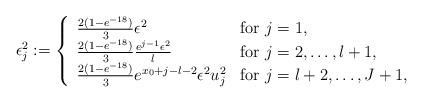
LaTeX: \begin{align*} \epsilon_j^2 := \left\{ \begin{array}{ll}\frac{2(1 - e^{-18})}{3} \epsilon^2 & \mbox{for $j=1$,} \\\frac{2(1 - e^{-18})}{3} \frac{e^{j-1}\epsilon^2}{l} & \mbox{for $j = 2, \dots, l+1$,} \\\frac{2(1 - e^{-18})}{3} e^{x_0 + j-l -2} \epsilon^2 u_j^2 & \mbox{for $j = l+2, \dots, J+1$,} \end{array} \right. \end{align*}